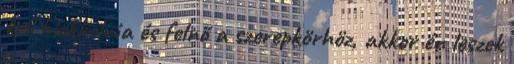
kell blokkolnia és felnő a szerepkörhöz, akkor én leszek